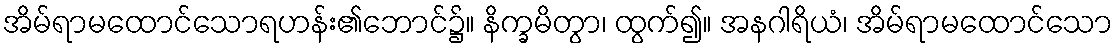
အိမ်ရာမထောင်သောရဟန်း၏ဘောင်၌။ နိက္ခမိတွာ၊ ထွက်၍။ အနဂါရိယံ၊ အိမ်ရာမထောင်သော